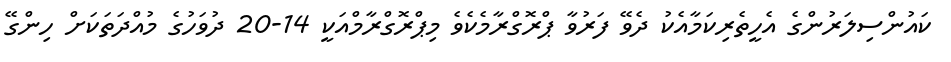
ކައުންސިލަރުންގެ އެހީތެރިކަމާއެކު ދެވޭ ފަރުވާ ޕްރޮގްރާމެކެވެ މިޕްރޮގްރާމްއަކީ 14-20 ދުވަހުގެ މުއްދަތަކަށް ހިންގޭ